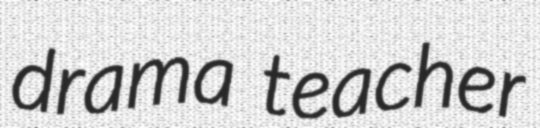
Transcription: drama teacher